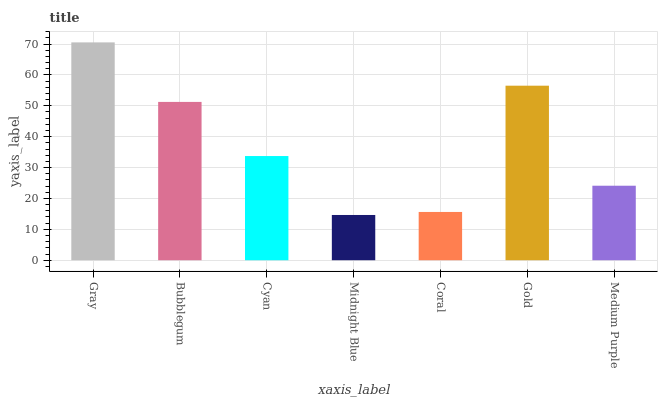
| xaxis_label | bars |
 | --- | --- |
 | Gray | 70.5 |
 | Bubblegum | 51.3 |
 | Cyan | 33.7 |
 | Midnight Blue | 14.6 |
 | Coral | 15.6 |
 | Gold | 56.5 |
 | Medium Purple | 24.1 |